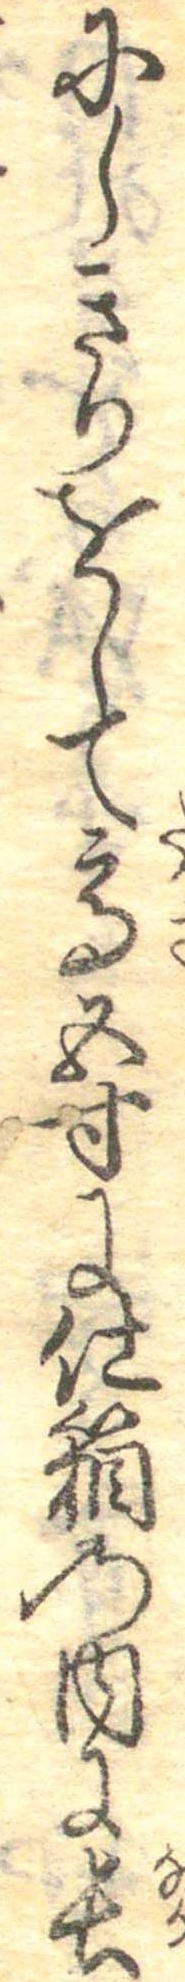
にしきりをして高五寸に仕箱の内に長